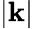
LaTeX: |\mathbf{k}|